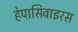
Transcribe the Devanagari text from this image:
हेपासिवाइरस